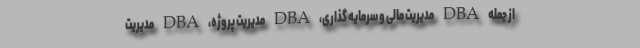
از جمله DBA مدیریت مالی و سرمایه گذاری، DBA مدیریت پروژه، DBA مدیریت